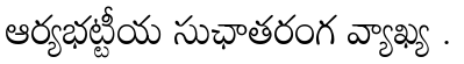
ఆర్యభట్టీయ సుఛాతరంగ వ్యాఖ్య .